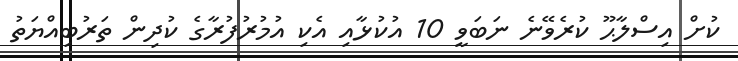
ކުށް އިސްލާޙޫ ކުރެވޭނެ ނަބަވީ 10 އުކުޅާއި އެކި އުމުރުފުރާގެ ކުދިން ތަރުބިއްޔަތު